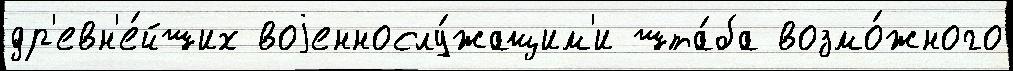
др'евн'е́йших воjеннослу́жащим'и шта́ба возмо́жного